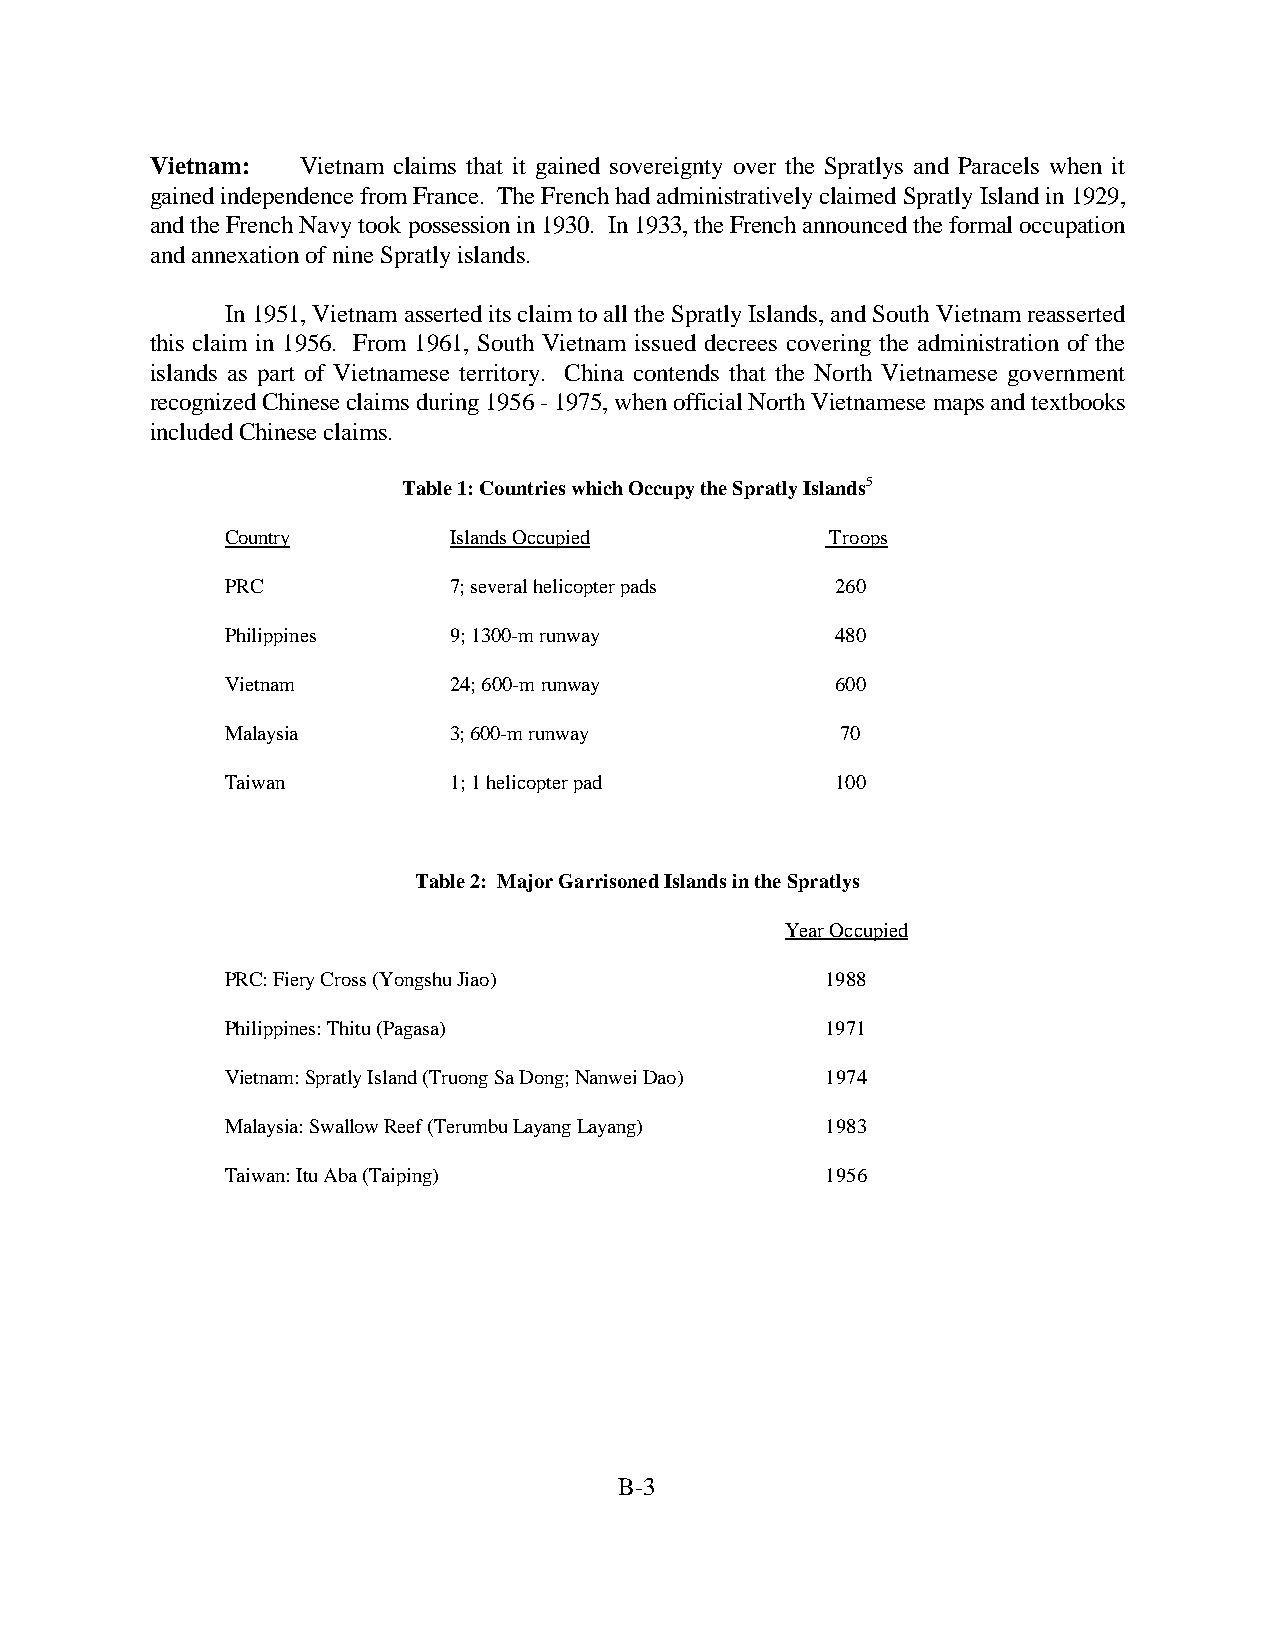
Vietnam:  Vietnam claims that it gained sovereignty over the Spratlys and Paracels when it
 gained independence from France. The French had administratively claimed Spratly Island in 1929,
 and the French Navy took possession in 1930. In 1933, the French announced the formal occupation
 and annexation of nine Spratly islands.
 In 1951, Vietnam asserted its claim to all the Spratly Islands, and South Vietnam reasserted
 this claim in 1956. From 1961, South Vietnam issued decrees covering the administration of the
 islands as part of Vietnamese territory. China contends that the North Vietnamese government
 recognized Chinese claims during 1956 - 1975, when official North Vietnamese maps and textbooks
 included Chinese claims.
 Table 1: Countries which Occupy the Spratly Islands5
 Country        Islands Occupied         Troops
 PRC            7; several helicopter pads 260
 Philippines    9; 1300-m runway         480
 Vietnam        24; 600-m runway         600
 Malaysia       3; 600-m runway           70
 Taiwan         1; 1 helicopter pad      100
 Table 2: Major Garrisoned Islands in the Spratlys
 Year Occupied
 PRC: Fiery Cross (Yongshu Jiao)         1988
 Philippines: Thitu (Pagasa)             1971
 Vietnam: Spratly Island (Truong Sa Dong; Nanwei Dao) 1974
 Malaysia: Swallow Reef (Terumbu Layang Layang) 1983
 Taiwan: Itu Aba (Taiping)               1956
 B-3